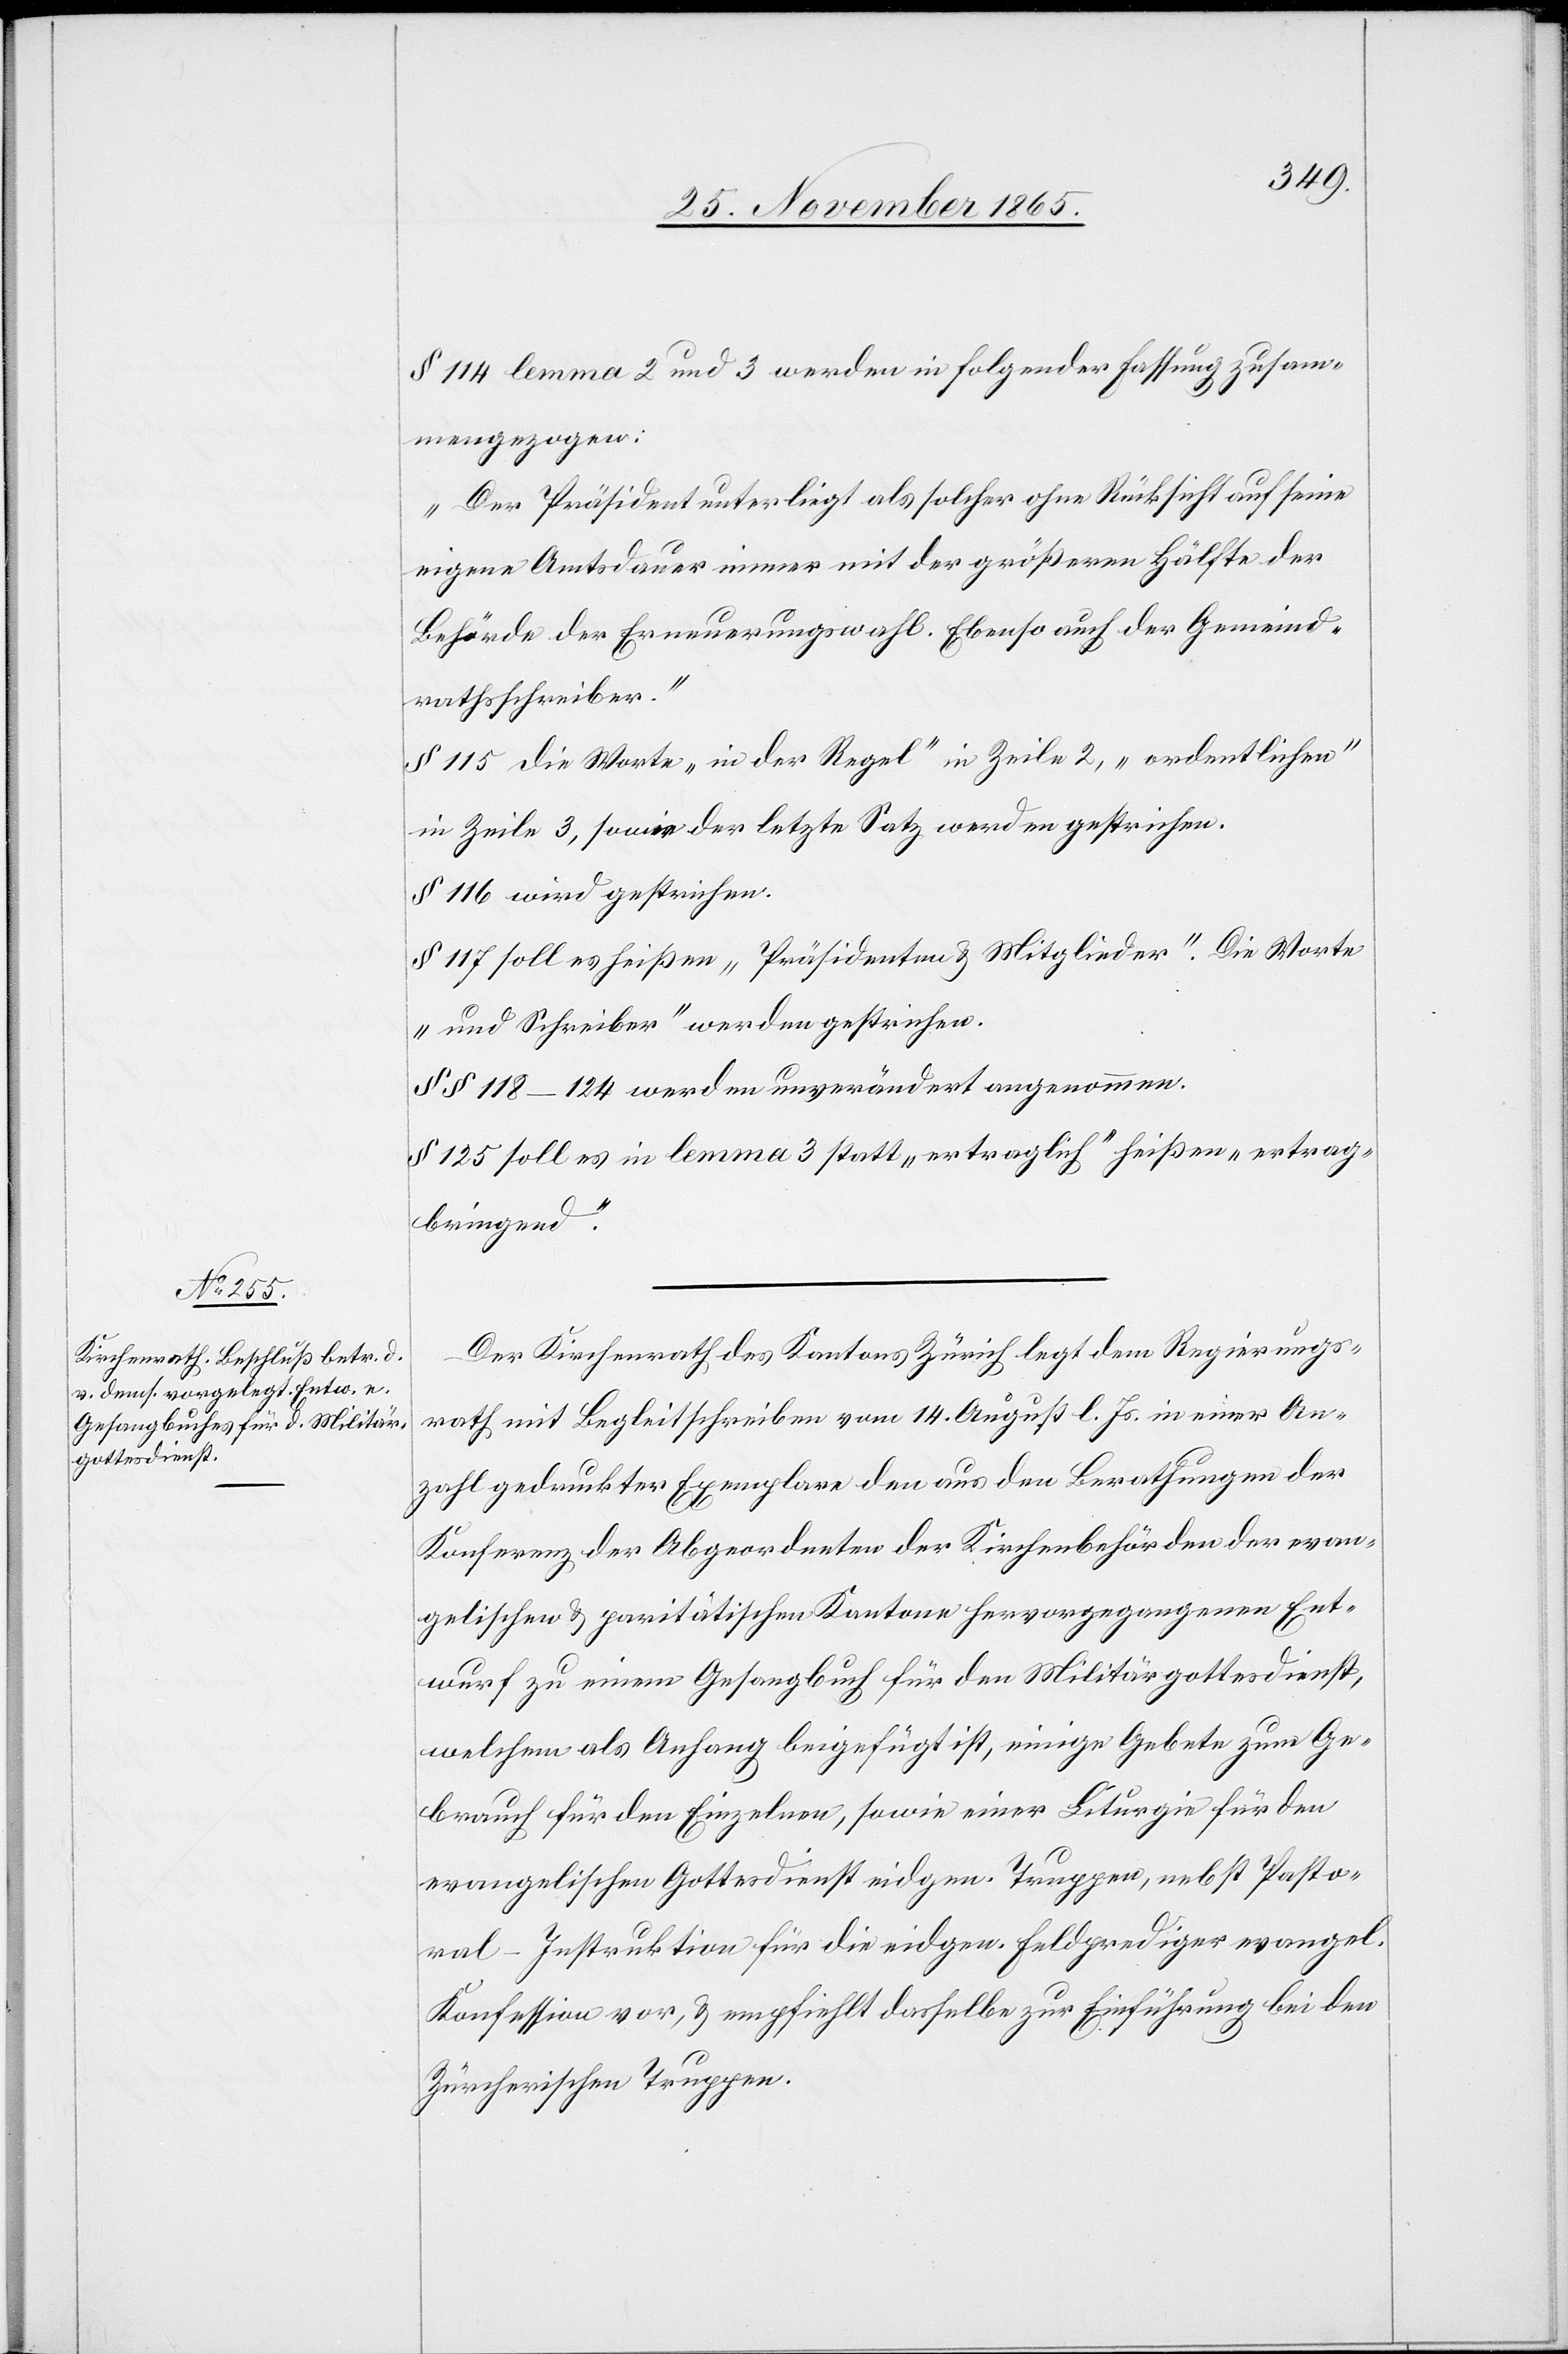
§ 114 lemma 2 und 3 werden in folgender Fassung zusam¬
mengezogen:
„Der Präsident unterliegt als solcher ohne Rücksicht auf seine
eigene Amtsdauer immer der größeren Hälfte der
Behörde der Erneuerungswahl. Ebenso auch der Gemeind¬
rathsschreiber.“
§ 115 die Worte „in der Regel“ in Zeile 2, „ordentlichen“
in Zeile 3, sowie der letzte Satz werden gestrichen.
§ 116 wird gestrichen.
§ 117 soll es heißen „Präsidenten & Mitglieder“. Die Worte
„und Schreiber“ werden gestrichen.
§§ 118–124 werden unverändert angenommen.
§ 125 soll es in lemma 3 statt „ertraglich“ heißen „ertrag¬
bringend.“
Der Kirchenrath des Kantons Zürich legt dem Regierungs¬
rath mit Begleitschreiben vom 14. August l. Js. in einer An¬
zahl gedruckter Exemplare den aus den Berathungen der
Konferenz der Abgeordneten der Kirchenbehörden der evan¬
gelischen & paritätischen Kantone hervorgegangenen Ent¬
wurf zu einem Gesangbuch für den Militärgottesdienst,
welchem als Anhang beigefügt ist, einige Gebete zum Ge¬
brauch für den Einzelnen [sic!], sowie einer [sic!] Liturgie für den
evangelischen Gottesdienst eidgen. Truppen, nebst Pasto¬
ral-Instruktion für die eidgen. Feldprediger evangel.
Konfession vor, & empfiehlt dasselbe zur Einführung bei den
Zürcherischen Truppen.